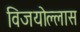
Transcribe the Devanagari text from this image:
विजयोल्लास